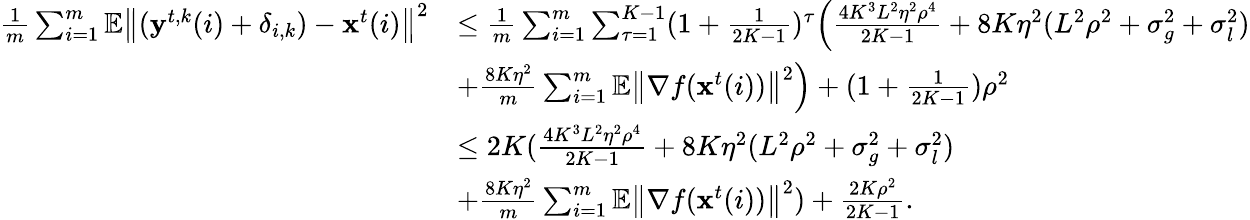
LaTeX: \begin{array}{rl}{\frac{1}{m}\sum_{i=1}^{m}\mathbb{E}\left\| (\mathbf{y}^{t,k}(i)+\delta_{i,k})-\mathbf{x}^{t}(i)\right\| ^{2}}&{\leq\frac{1}{m}\sum_{i=1}^{m}\sum_{\tau=1}^{K-1}(1+\frac{1}{2K-1})^{\tau}\Big(\frac{4K^{3}L^{2}\eta^{2}\rho^{4}}{2K-1}+8K\eta^{2}(L^{2}\rho^{2}+\sigma_{g}^{2}+\sigma_{l}^{2})}\\ &{+\frac{8K\eta^{2}}{m}\sum_{i=1}^{m}\mathbb{E}\left\| \nabla f(\mathbf{x}^{t}(i))\right\| ^{2}\Big)+(1+\frac{1}{2K-1})\rho^{2}}\\ &{\leq 2K(\frac{4K^{3}L^{2}\eta^{2}\rho^{4}}{2K-1}+8K\eta^{2}(L^{2}\rho^{2}+\sigma_{g}^{2}+\sigma_{l}^{2})}\\ &{+\frac{8K\eta^{2}}{m}\sum_{i=1}^{m}\mathbb{E}\left\| \nabla f(\mathbf{x}^{t}(i))\right\| ^{2})+\frac{2K\rho^{2}}{2K-1}.}\end{array}